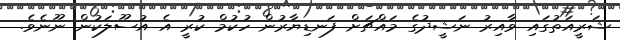
ޝަރީއަތުގައި ވާއިރު ނަޝީދުގެ މައްޗަށް ފަނޑިޔާރުން ހުކުމް ކުރީ އެ އުސޫލަކުން ނޫނެވެ.